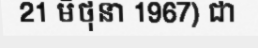
21 មិថុនា 1967) ជា